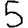
Digit: 5